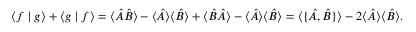
\langle f \mid g \rangle + \langle g \mid f \rangle = \langle { \hat { A } } { \hat { B } } \rangle - \langle { \hat { A } } \rangle \langle { \hat { B } } \rangle + \langle { \hat { B } } { \hat { A } } \rangle - \langle { \hat { A } } \rangle \langle { \hat { B } } \rangle = \langle \{ { \hat { A } } , { \hat { B } } \} \rangle - 2 \langle { \hat { A } } \rangle \langle { \hat { B } } \rangle .